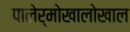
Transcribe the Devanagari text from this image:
पालेर्मोखालोखाल